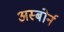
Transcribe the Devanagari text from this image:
अस्बोर्न